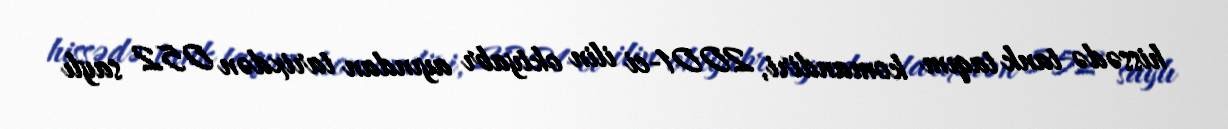
hissədə tank taqım komandiri, 2001-ci ilin oktyabr ayından tarixdən 052 saylı